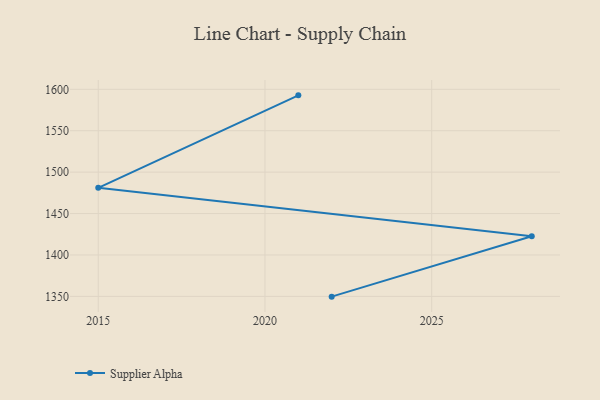
{"axis": {"x": "Year", "y": "Temperature (°C)"}, "legend": ["Supplier Alpha"], "data": [{"x": "2022", "y": 1349.7, "type": "Supplier Alpha"}, {"x": "2028", "y": 1422.7, "type": "Supplier Alpha"}, {"x": "2015", "y": 1481.1, "type": "Supplier Alpha"}, {"x": "2021", "y": 1592.7, "type": "Supplier Alpha"}]}